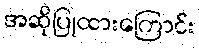
အဆိုပြုထားကြောင်း